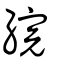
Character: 綄